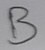
Text: B